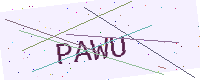
Text: PAWU